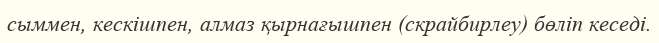
сыммен, кескішпен, алмаз қырнағышпен (скрайбирлеу) бөліп кеседі.